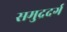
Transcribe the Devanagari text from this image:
समुद्रदर्ग